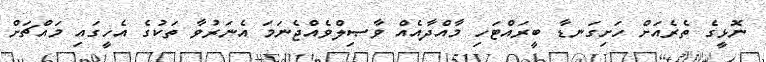
ނޮޅީގެ ތެރެއަށް ހަށިގަނޑާ ބީރައްޓަހި މާއްދާއެއް ވާޞިލްވެއްޖެނަމަ އެނަރުވާ ތަކުގެ އެހީގައި މައްޗަށް